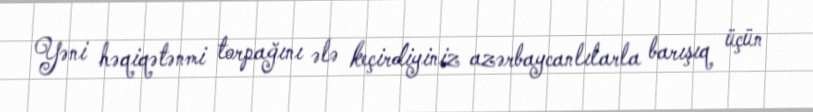
Yəni həqiqətənmi torpağını ələ keçirdiyiniz azərbaycanlılarla barışıq üçün